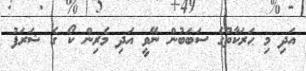
އަދި މި ޙަރަކާތުގެ ސަބަބުން ނޭވީ އަދި މެރިން ކޯ ގެ ޝަރަފު